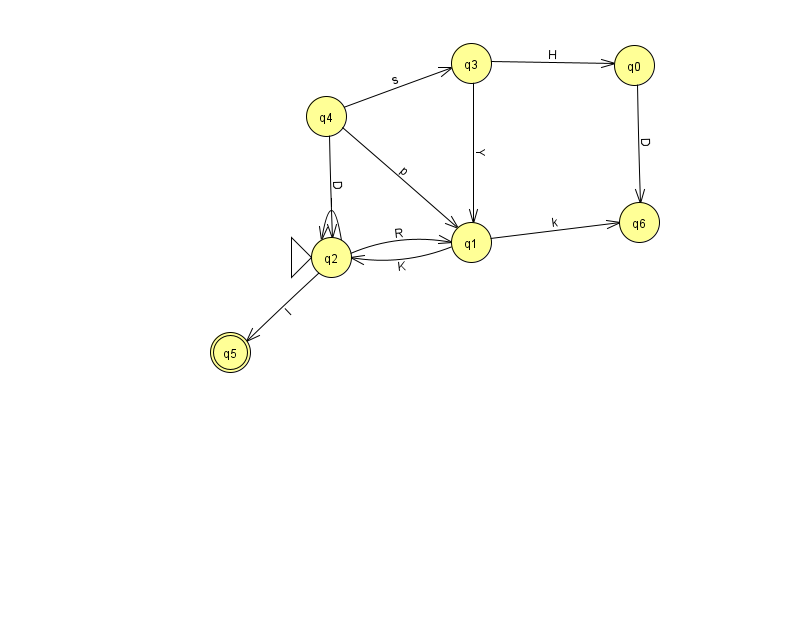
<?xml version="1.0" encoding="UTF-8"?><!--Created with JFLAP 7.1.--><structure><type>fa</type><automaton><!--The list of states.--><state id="0" name="q0"><x>634.0</x><y>52.0</y></state><state id="1" name="q1"><x>471.0</x><y>229.0</y></state><state id="2" name="q2"><x>331.0</x><y>244.0</y><initial/></state><state id="3" name="q3"><x>471.0</x><y>50.0</y></state><state id="4" name="q4"><x>326.0</x><y>103.0</y></state><state id="5" name="q5"><x>230.0</x><y>339.0</y><final/></state><state id="6" name="q6"><x>639.0</x><y>209.0</y></state><!--The list of transitions.--><transition><from>0</from><to>6</to><read>D</read></transition><transition><from>1</from><to>6</to><read>k</read></transition><transition><from>3</from><to>0</to><read>H</read></transition><transition><from>4</from><to>2</to><read>D</read></transition><transition><from>1</from><to>2</to><read>K</read></transition><transition><from>2</from><to>5</to><read>I</read></transition><transition><from>4</from><to>3</to><read>s</read></transition><transition><from>2</from><to>1</to><read>R</read></transition><transition><from>2</from><to>2</to><read>l</read></transition><transition><from>4</from><to>1</to><read>p</read></transition><transition><from>3</from><to>1</to><read>Y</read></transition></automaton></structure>